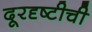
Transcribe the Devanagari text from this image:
दूरदृष्टीची